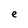
Character: e